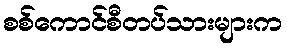
စစ်ကောင်စီတပ်သားများက